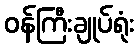
ဝန်ကြီးချုပ်ရုံး